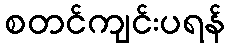
စတင်ကျင်းပရန်